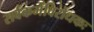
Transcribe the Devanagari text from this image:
सर्वकर्मविरोधकः